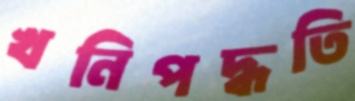
খনিপদ্ধতি